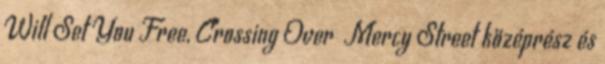
Will Set You Free, Crossing Over Mercy Street középrész és